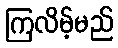
ကြလိမ့်မည်